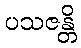
ပသဇန္တိ